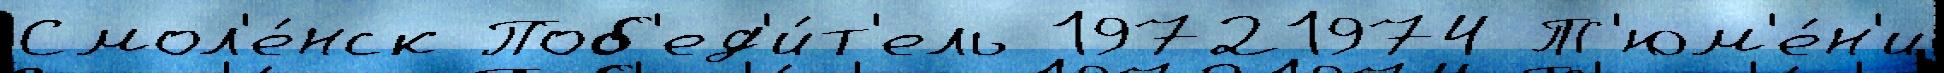
Смол'е́нск Поб'ед'и́т'ель 19721974 Т'юм'е́н'и